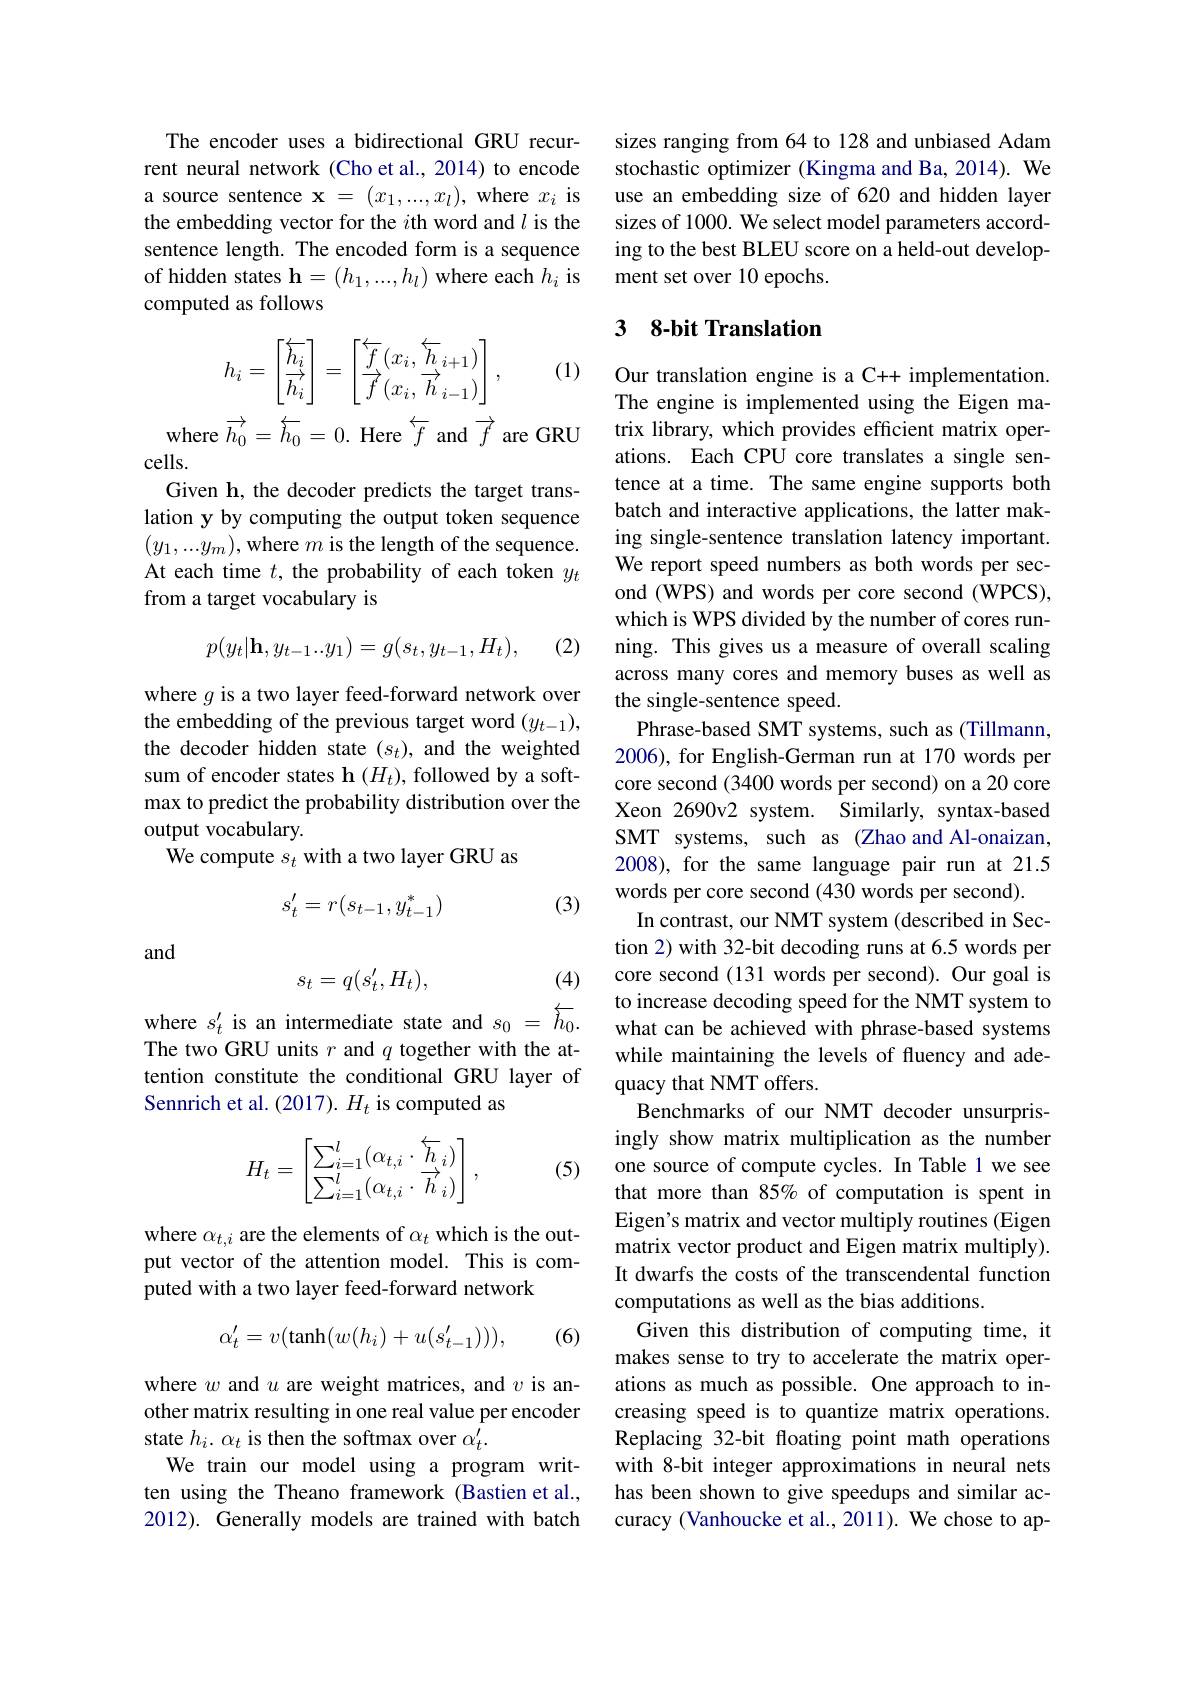
The encoder uses a bidirectional GRU recurrent neural network (Cho et al., 2014) to encode a source sentence $\mathbf{x}=(x_1,...,x_l)$, where $x_i$ is the embedding vector for the $i$th word and $l$ is the sentence length. The encoded form is a sequence of hidden states $\mathbf{h}=(h_1,...,h_l)$ where each $h_i$ is computed as follows
$$h_i=\begin{bmatrix}\overleftarrow{h_i}\\\overrightarrow{h_i}\end{bmatrix}=\begin{bmatrix}\overleftarrow{f}(x_i,\overleftarrow{h}_{i+1})\\\overrightarrow{f}(x_i,\overrightarrow{h}_{i-1})\end{bmatrix},$$
(1)

where $\overrightarrow{h_0}=\overleftarrow{h_0}=0.$ Here $\overleftarrow f$ and $\overrightarrow{f}$ are GRU
cells.
Given h, the decoder predicts the target translation y by computing the output token sequence $(y_1,...y_m)$,where $m$ is the length of the sequence. At each time $t$, the probability of each token $y_t$ from a target vocabulary is
$$p(y_t|\mathbf{h},y_{t-1}..y_1)=g(s_t,y_{t-1},H_t),$$
(2)

where $g$ is a two layer feed-forward network over the embedding of the previous target word $(y_{t-1})$, the decoder hidden state $(s_t)$, and the weighted sum of encoder states h $(H_t)$,followed by a softmax to predict the probability distribution over the output vocabulary.
We compute $s_t$ with a two layer GRU as
$$s'_t=r(s_{t-1},y_{t-1}^*)$$
(3)

and

(4)
$$s_t=q(s_t',H_t),$$
where $s_t^{\prime}$ is an intermediate state and $s_0=\overleftarrow{h}_0.$ The two GRU units $r$ and $q$ together with the attention constitute the conditional GRU layer of Sennrich et al. (2017). $H_t$ is computed as
$$H_t=\begin{bmatrix}\sum_{i=1}^l(\alpha_{t,i}\cdot\overleftarrow{h}_i)\\\sum_{i=1}^l(\alpha_{t,i}\cdot\overrightarrow{h}_i)\end{bmatrix},$$
(5)

where $\alpha_t,i$ are the elements of $\alpha_t$ which is the output vector of the attention model. This is computed with a two layer feed-forward network

(6)
$$\alpha_t'=v(\tanh(w(h_i)+u(s_{t-1}'))),$$
where $w$ and $u$ are weight matrices, and $v$ is another matrix resulting in one real value per encoder state $h_i.~\alpha_t~$ is then the softmax over $\alpha_t^{\prime}.$
We train our model using a program written using the Theano framework (Bastien et al., 2012). Generally models are trained with batch

sizes ranging from 64 to 128 and unbiased Adam stochastic optimizer (Kingma and Ba, 2014). We use an embedding size of 620 and hidden layer sizes of 1000. We select model parameters according to the best BLEU score on a held-out development set over 10 epochs.

## 3 8-bit Translation

Our translation engine is a C++ implementation. The engine is implemented using the Eigen matrix library, which provides efficient matrix operations. Each CPU core translates a single sentence at a time. The same engine supports both batch and interactive applications, the latter making single-sentence translation latency important. We report speed numbers as both words per second (WPS) and words per core second (WPCS), which is WPS divided by the number of cores running. This gives us a measure of overall scaling across many cores and memory buses as well as the single-sentence speed.
Phrase-based SMT systems, such as (Tillmann, 2006), for English-German run at 170 words per core second (3400 words per second) on a 20 core Xeon 2690v2 system. Similarly, syntax-based SMT systems, such as (Zhao and Al-onaizan, 2008), for the same language pair run at 21.5 words per core second (430 words per second).
In contrast, our NMT system (described in Section 2) with 32-bit decoding runs at 6.5 words per core second (131 words per second). Our goal is to increase decoding speed for the NMT system to what can be achieved with phrase-based systems while maintaining the levels of fluency and adequacy that NMT offers.
Benchmarks of our NMT decoder unsurprisingly show matrix multiplication as the number one source of compute cycles. In Table 1 we see that more than 85% of computation is spent in Eigen's matrix and vector multiply routines (Eigen matrix vector product and Eigen matrix multiply). It dwarfs the costs of the transcendental function computations as well as the bias additions.
Given this distribution of computing time, it makes sense to try to accelerate the matrix operations as much as possible. One approach to increasing speed is to quantize matrix operations. Replacing 32-bit floating point math operations with 8-bit integer approximations in neural nets has been shown to give speedups and similar accuracy (Vanhoucke et al., 2011). We chose to ap-